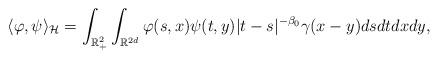
LaTeX: \begin{align*}\langle \varphi, \psi\rangle_{\mathcal H}=\int_{\mathbb R_+^2}\int_{\mathbb R^{2d}} \varphi(s,x)\psi(t,y) |t-s|^{-\beta_0}\gamma(x-y)dsdtdxdy,\end{align*}